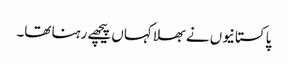
پاکستانیوں نے بھلا کہاں پیچھے رہنا تھا۔